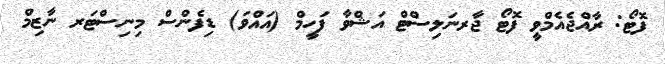
ފޮޓޯ: ރާއްޖެއެމްވީ ފޮޓޯ ޖާރނަލިސްޓް އަޝްވާ ފަހީމް (އައްވަ) ޑިފެންސް މިނިސްޓަރ ނާޒިމް